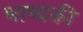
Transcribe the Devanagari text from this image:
भाष्यकी